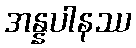
အန္နပါနဿ